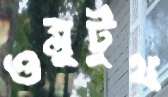
ওব্লুটুথ